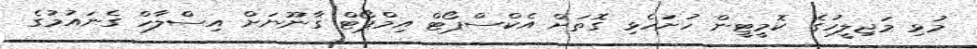
މުޅި މަޖިލީހުގެ ކޮމީޓީން ހުށަހެޅި ގޮތަށް އެކްސްޕޯޓް އިމްޕޯޓް ގާނޫނަށް އިސްލާހް ގެނައުމުގެ